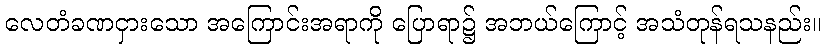
လေတံခဏငှားသော အကြောင်းအရာကို ပြောရာ၌ အဘယ်ကြောင့် အသံတုန်ရသနည်း။